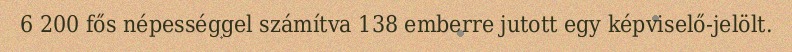
6 200 fős népességgel számítva 138 emberre jutott egy képviselő-jelölt.